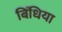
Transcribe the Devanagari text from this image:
बिँधिया